Vaccination in Bombay 1913-1923 - 1913-1923
Year: 1913
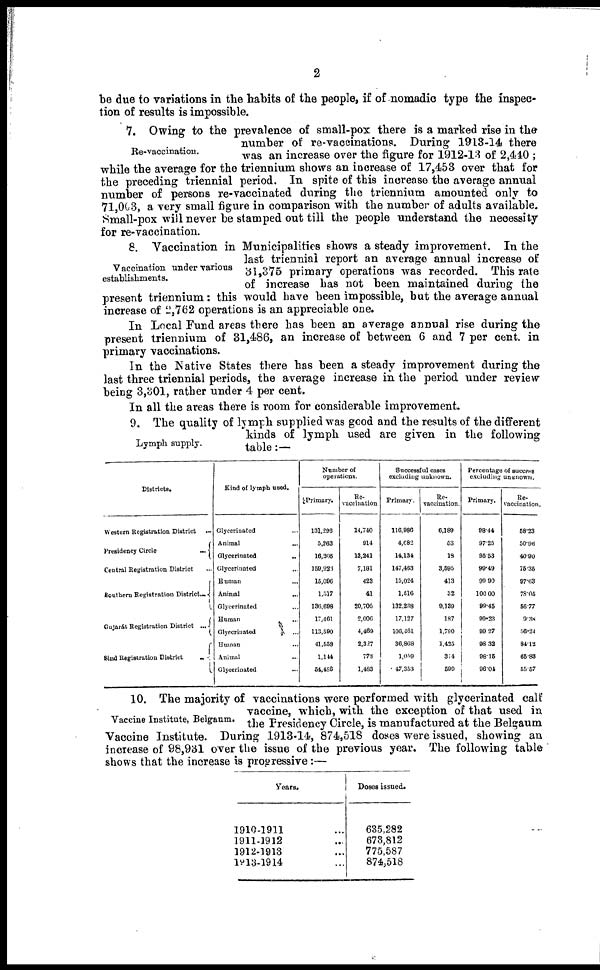
2
be due to variations in the habits of the people, if of nomadic type the inspec-
tion of results is impossible.
Re-vaccination.
7. Owing to the prevalence of small-pox there is a marked rise in the
number of re-vaccinations. During 1913-14 there
was an increase over the figure for 1912-13 of 2,440 ;
while the average for the triennium shows an increase of 17,453 over that for
the preceding triennial period. In spite of this increase the average annual
number of persons re-vaccinated during the triennium amounted only to
71,003, a very small figure in comparison with the number of adults available.
Small-pox will never be stamped out till the people understand the necessity
for re-vaccination.
Vaccination under various
establishments.
8. Vaccination in Municipalities shows a steady improvement. In the
last triennial report an average annual increase of
31,375 primary operations was recorded. This rate
of increase has not been maintained during the
present triennium : this would have been impossible, but the average annual
increase of 2,762 operations is an appreciable one.
In Local Fund areas there has been an average annual rise during the
present triennium of 31,486, an increase of between 6 and 7 per cent. in
primary vaccinations.
In the Native States there has been a steady improvement during the
last three triennial periods, the average increase in the period under review
being 3,301, rather under 4 per cent.
In all the areas there is room for considerable improvement.
Lymph supply.
9. The quality of lymph supplied was good and the results of the different
kinds of lymph used are given in the following
table :—
Districts.
Western Registration District ...
Presidency Circle
...
Central Registration District
Southern Registration District...
Gujarát Registration District ...
Sind Registration District
...
Kind of lymph used.
Glycerinated ...
Animal ...
Glycerinated
..
Glycerinated ...
Human ...
Animal
...
Glycerinated ...
Human ...
Glycerinated ...
Human ...
Animal ...
Glycerinated ...
Number of
operations.
Primary.
131,296
5,263
16,266
159,926
15,096
1,517
136,698
17,461
113,590
41,558
1,144
54,486
Re¬
vaccination
14,740
914
13,241
7,181
423
41
20,705
2,006
4,469
2,327
778
1,483
Successful cases
excluding unknown.
Primary.
116,986
4,082
14,134
147,463
15,024
1,516
132,238
17,127
106,461
36,868
1,059
47,353
Re¬
vaccination.
6,189
53
18
3,595
413
32
9,139
187
1,790
1,425
314
599
Percentage of success
excluding unknown.
Primary.
98.44
97.25
95.53
99.49
99.90
100.00
99.45
99.23
99.27
98.32
98.16
96.04
Re¬
vaccination.
58.23
50·96
40.90
75.35
97.63
78.05
56.77
9.38
56.24
84.12
66.83
55.57
Vaccine Institute, Belgaum.
10. The majority of vaccinations were performed with glycerinated calf
vaccine, which, with the exception of that used in
the Presidency Circle, is manufactured at the Belgaum
Vaccine Institute. During 1913-14, 874,518 doses were issued, showing an
increase of 98,931 over the issue of the previous year. The following table
shows that the increase is progressive:—
Years.
1910-1911 ...
1911-1912 ...
1912-1913 ...
1913-1914 ...
Doses issued.
635,282
678,812
775,587
874,518